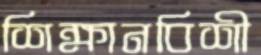
শিক্ষানবিশী